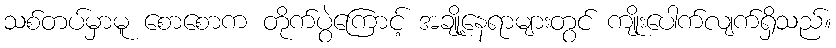
သစ်တပ်မှာမူ စောစောက တိုက်ပွဲကြောင့် အချို့နေရာများတွင် ကျိုးပေါက်လျက်ရှိသည်။